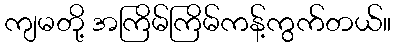
ကျမတို့ အကြိမ်ကြိမ်ကန့်ကွက်တယ်။